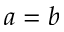
a = b